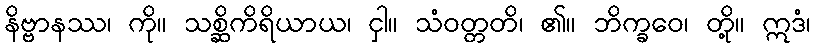
နိဗ္ဗာနဿ၊ ကို။ သစ္ဆိကိရိယာယ၊ ငှါ။ သံဝတ္တတိ၊ ၏။ ဘိက္ခဝေ၊ တို့။ ဣဒံ၊